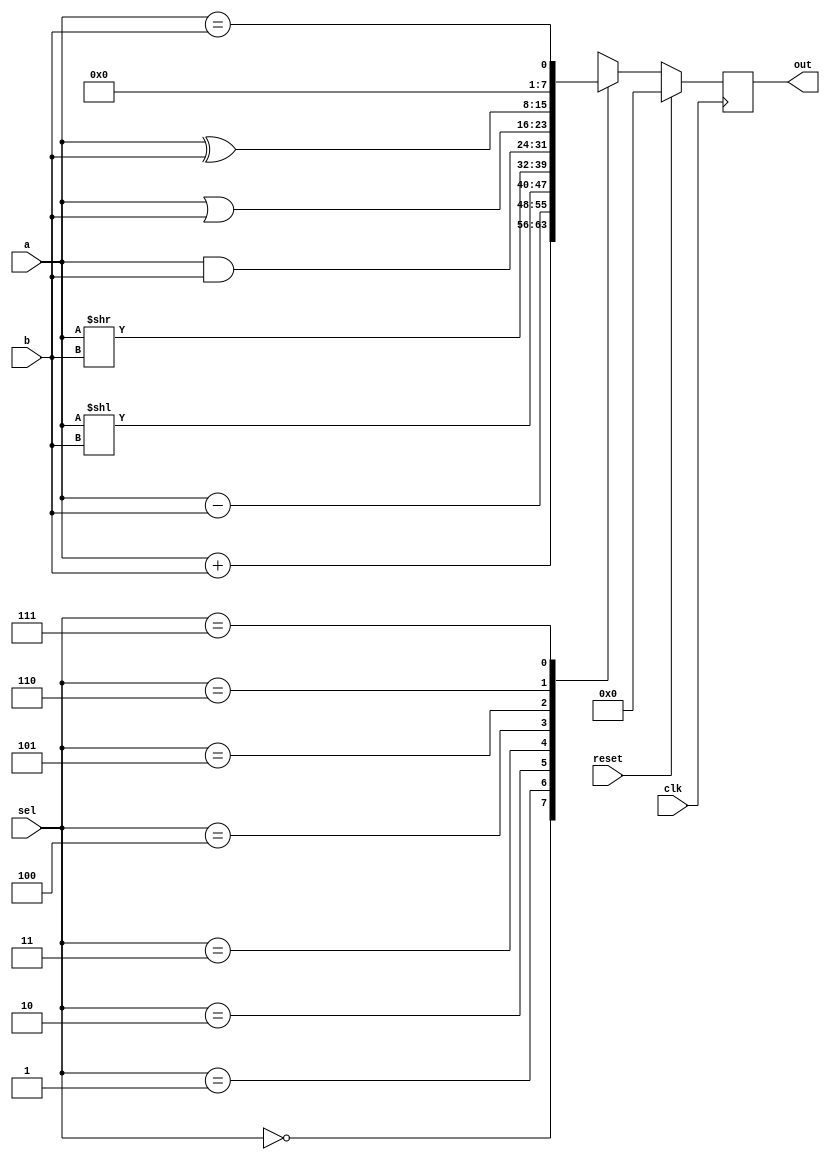
//8-bit ALU
module alu#(parameter N = 8)(a, b, out, sel, clk, reset);

input [N-1:0] a, b;
input [2:0]sel;
input clk, reset;
output reg [N-1:0] out;

reg carry;
parameter ADD = 3'b000,
          SUB = 3'b001,
          LSL = 3'b010,
          LSR = 3'b011,
          AND = 3'b100,
          OR  = 3'b101,
          XOR = 3'b110,
          EQL = 3'b111;

always @(posedge clk) begin
if (reset) begin
out <= 0;
end
else begin
    case (sel)
        ADD: {carry, out} <= a + b;
        SUB: out <= a - b;
        LSL: out <= a << b;
        LSR: out <= a >> b;
        AND: out <= a & b;
        OR:  out <= a | b;
        XOR: out <= a ^ b;
        EQL: out <= a == b;
    endcase
end
end

endmodule